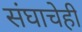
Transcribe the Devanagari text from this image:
संघाचेही